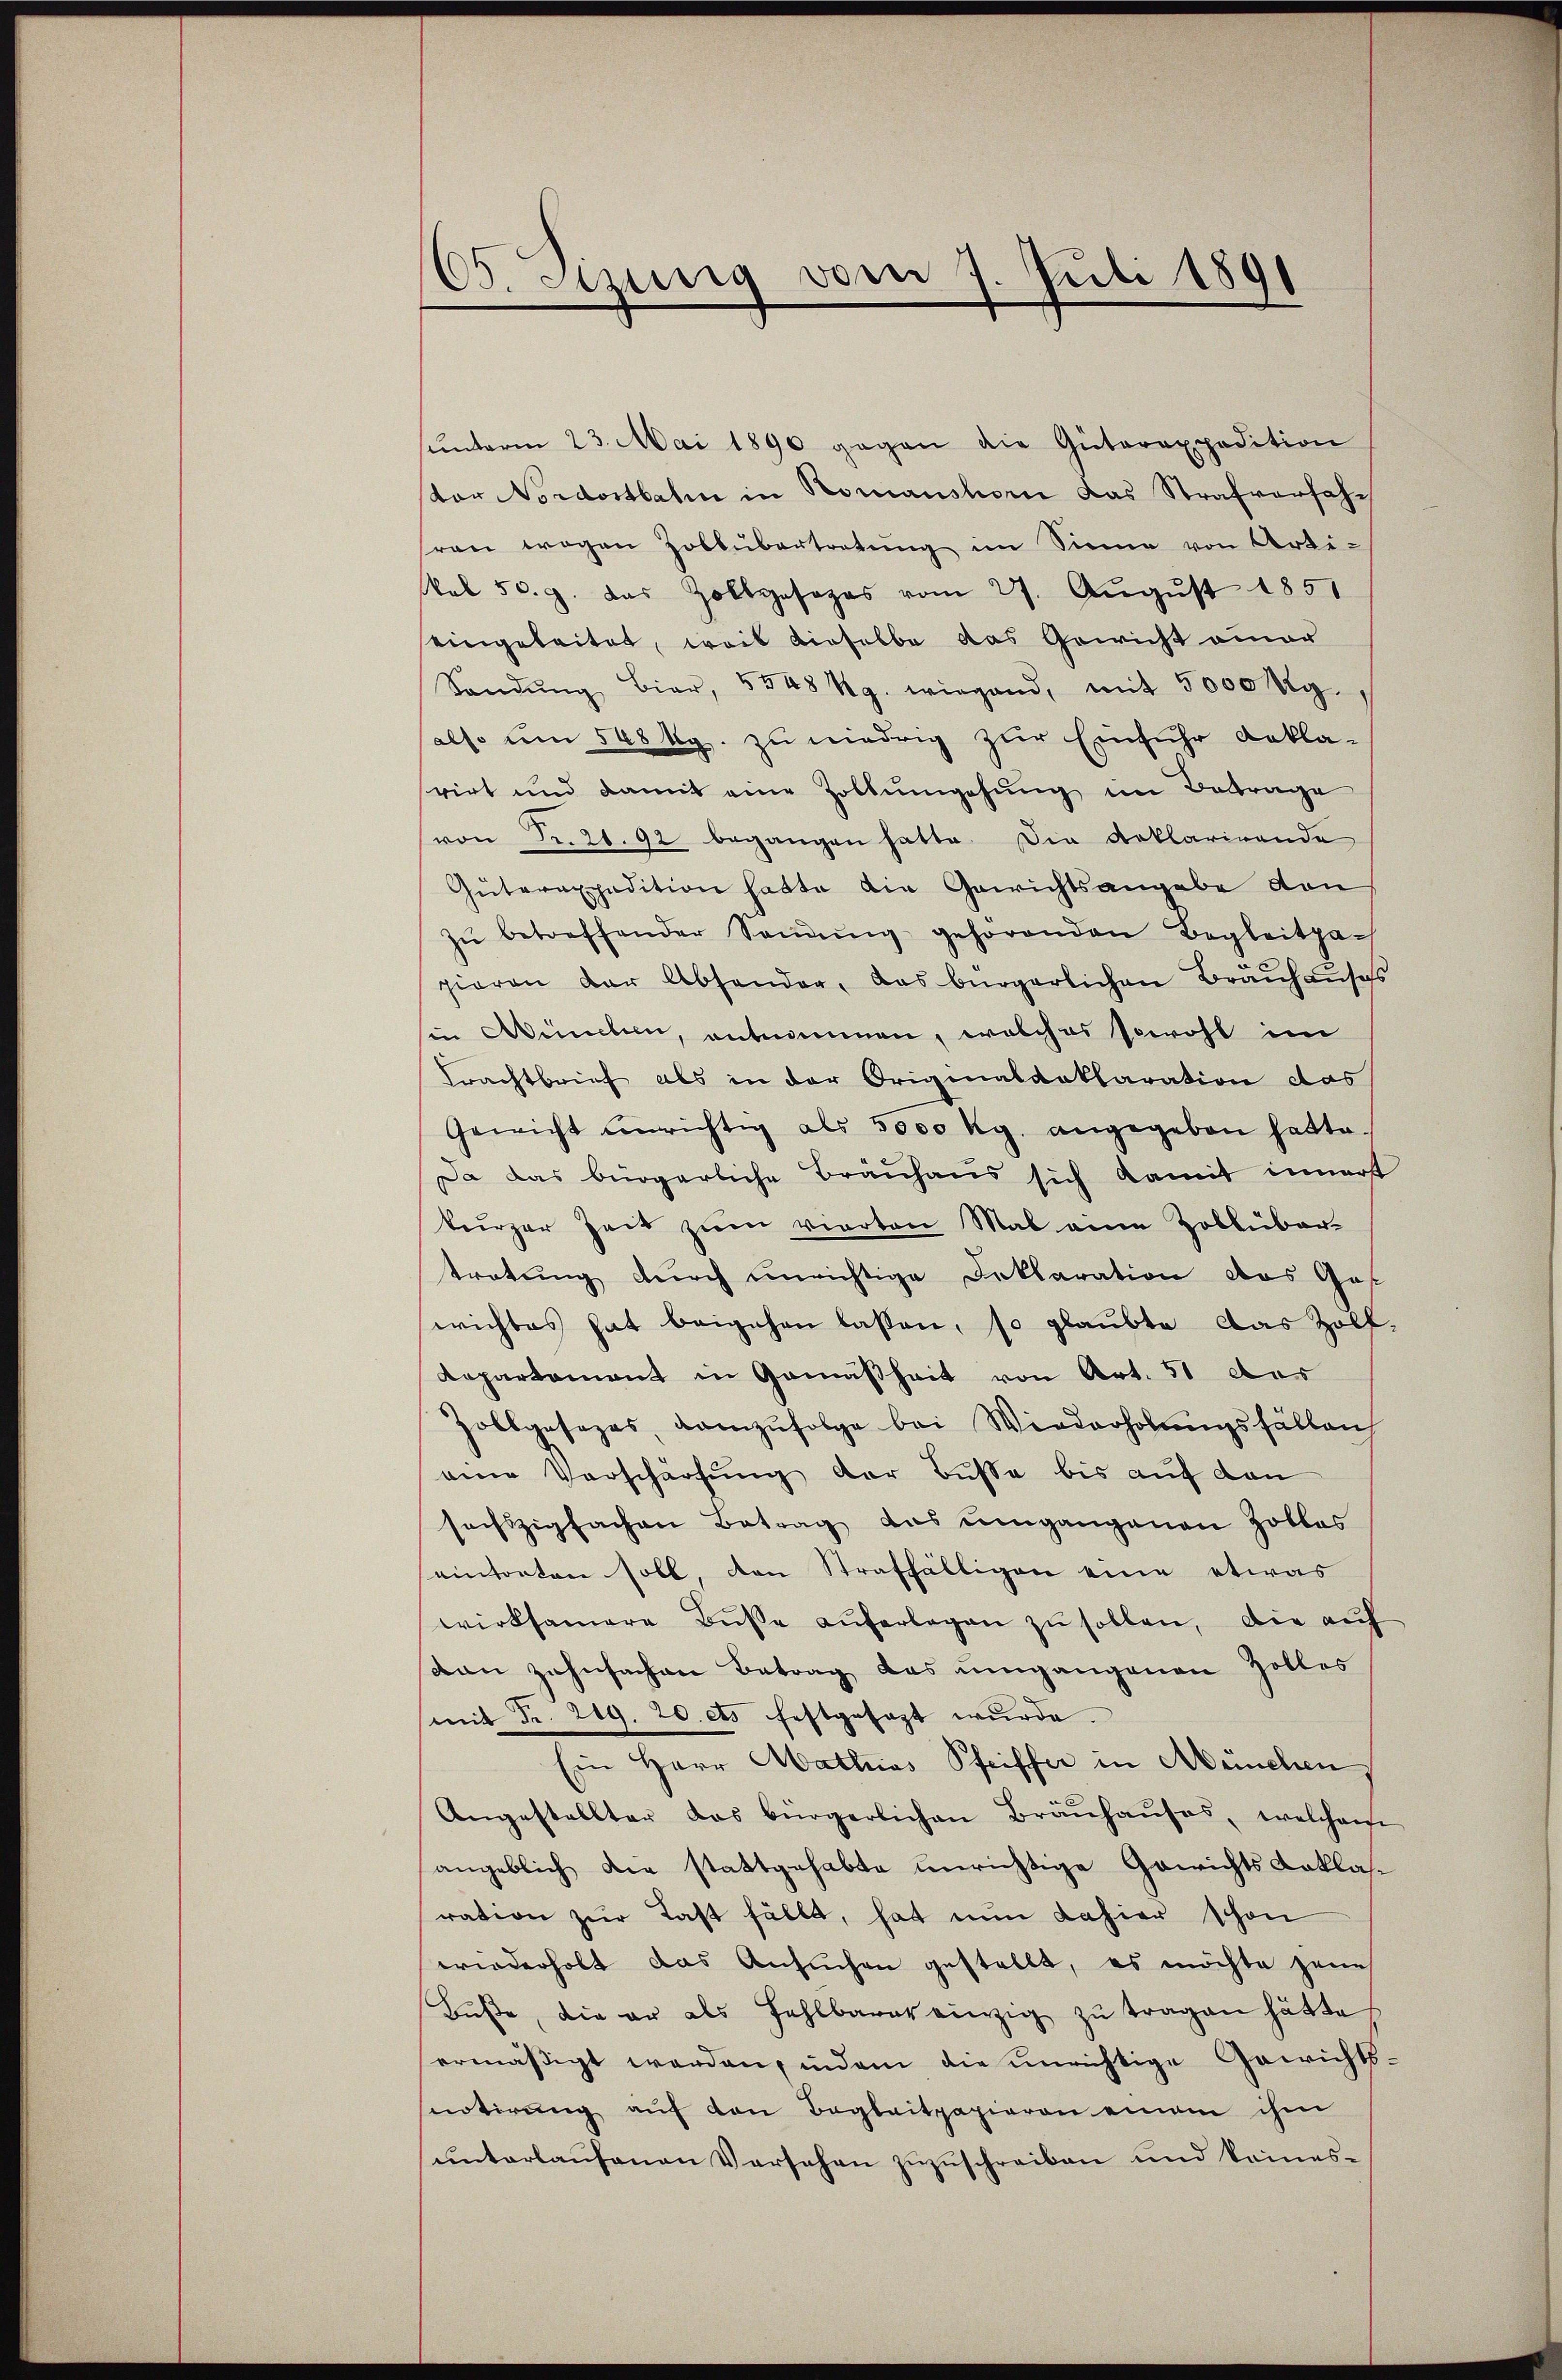
65. Sizung vom 7. Juli 1891

sŭnterm 23. Mai 1890 gegen die Güterexpedition
stor Nordostbahn in Romanshorn das Strafverfahren wegen Zollübertretŭng im Sinne von Arti-
kal 50. g. das Zollgasages vom 27. Aŭgŭst 1851
eingeleitet, weil dieselbe das Gewicht einer
Sandŭng Bier, 5848 Kg. wiegend, mit 5000 Mg.
sals um 568 Rp. zu niedrig zur Einfuhr Dekla-
rirt und damit eine Zollumgehung im Betrage
von Nr. 21. 92 begangen hatte. Die Reklarirende
Güterexpedition hatte die Gewichtsangabe von
zŭ betreffender Soṁŭng gehörenden Begleitpa-
pieren der Abhander, das bürgerlichen Brauhauses
in Aineben, entnommen, welches sowohl im
Frachtbrief als in der Originaldaklaration das
Gewicht einrichtig als 5000 kg. angegeben hatte.
Da das bürgerliche Brauhaus sich damit innert
kurzer Zeit zum vierten Mal eine Zoblübar-
tretung durch unrichtige Deklaration des Got
wichtes hat beigehen lassen, so glaubte das Holf.
Repartement in Gemäßheit von Art. 51 der
Zolbgesages, demzufolge bei Wiederholŭngsfällen
eine Vorschärfung der Busse bis auf den
sechzigfachen Betrag das umgangenen Zollas
eintorten soll, den Straffälligen eine etwas
wirksamere Bŭsse auferlegen zu sollen, die auf
van Zahnfachen Betrag das umgangenen Zolles
(mit Fr. 209. 20. ets festgesagt wurde
Ein Herr Mathias Pfeiffer in München,
Angestellter das bürgerlichen Braŭhaŭses, welchem
angeblich die stattgehabte unrichtige Gewichts Laklasration zŭr Last fällt, hat nun dahier schon
wiederholt das Ansuchen gestellt, es möchte jene
Bŭβe, die er als Fehlbarer einzig zŭ tragen hätte
ermäßigt werden, indem die unrichtige Gewichts-
snotirung auf den Begleitpapieren einem ihm
ŭnterlaŭfenen Versehen zŭzŭschreiben und keines-